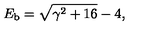
E _ { \mathrm { b } } = \sqrt { \gamma \sp 2 + 1 6 } - 4 ,